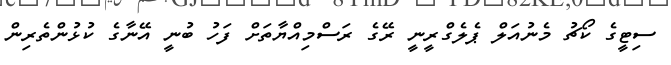
ސިޓީގެ ކޯޗު މެނުއަލް ޕެލެގްރީނީ ރޭގެ ރަސްމިއްޔާތަށް ފަހު ބުނީ އޭނާގެ ކުޅުންތެރިން